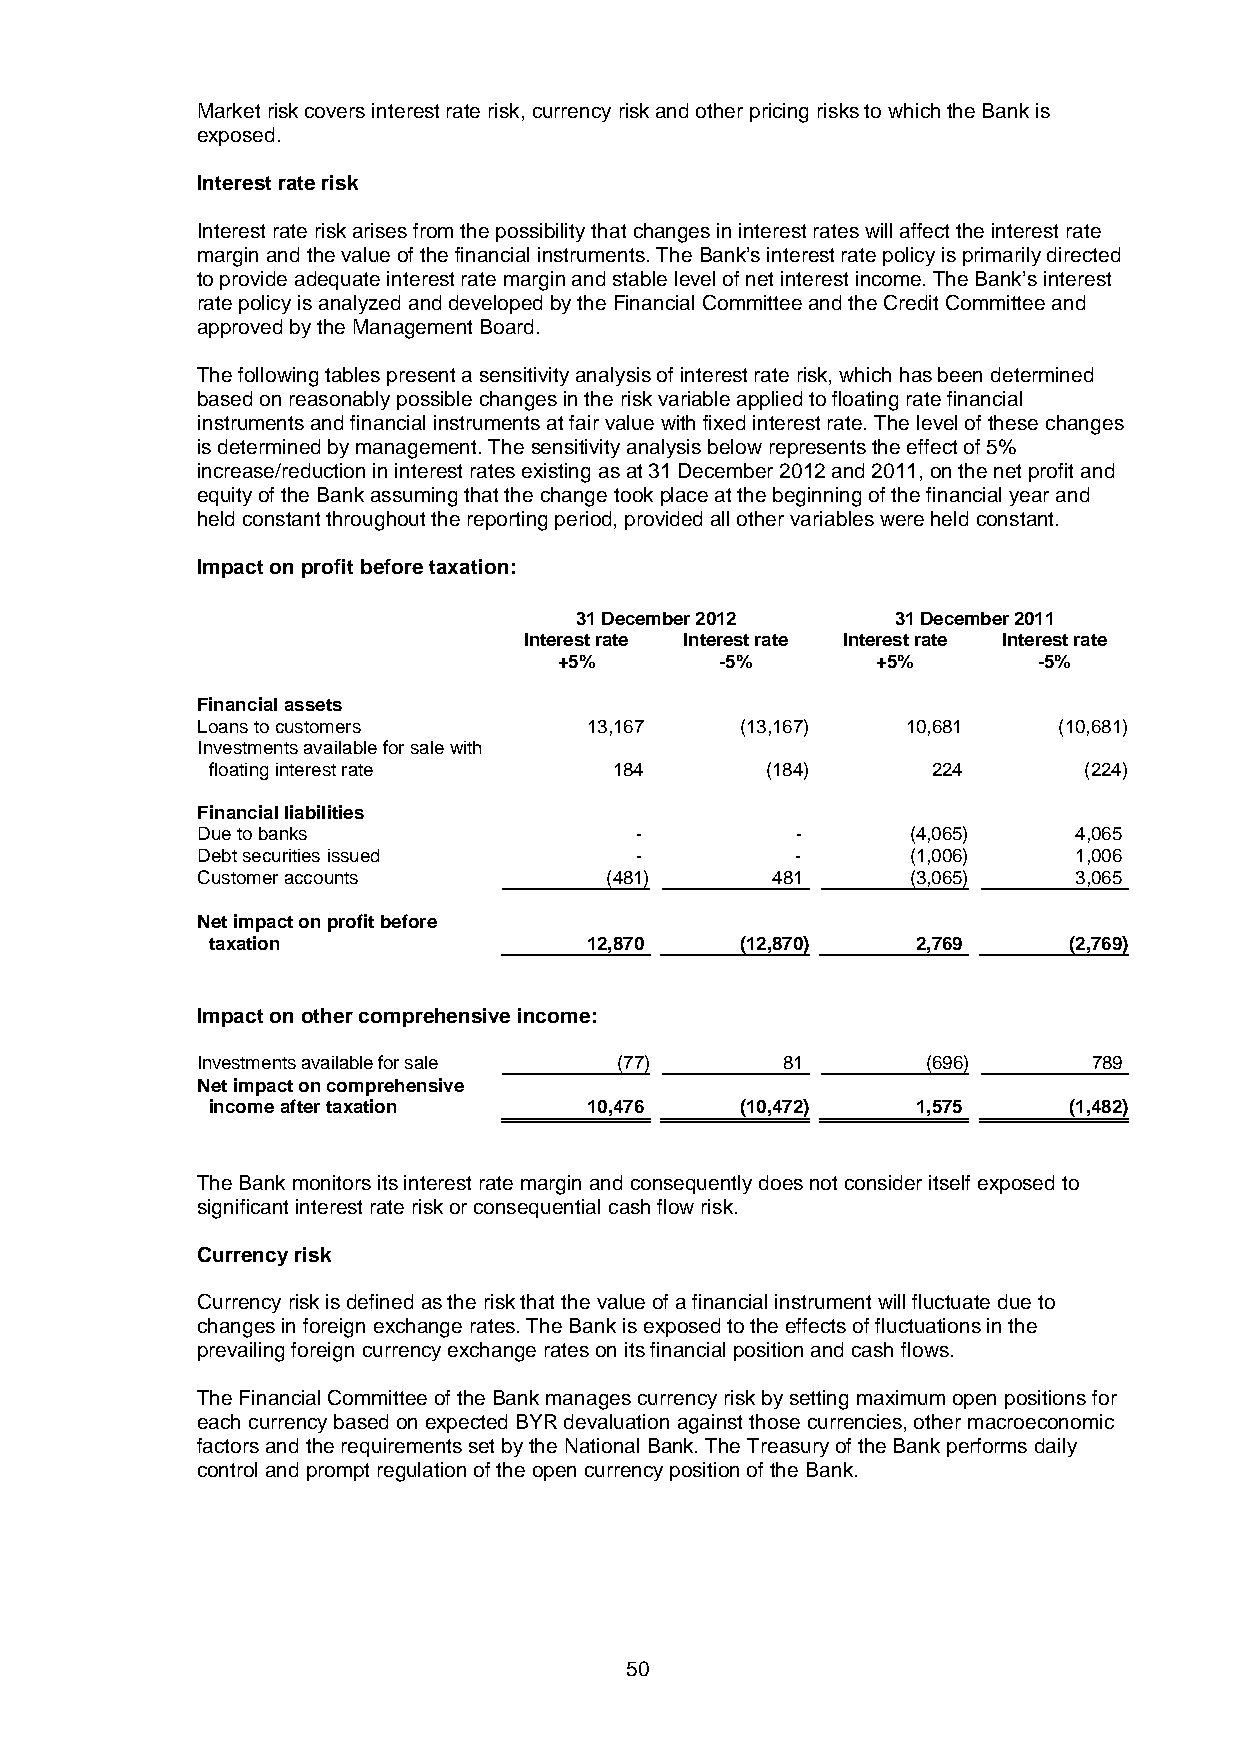
Market risk covers interest rate risk, currency risk and other pricing risks to which the Bank is
 exposed.
 Interest rate risk
 Interest rate risk arises from the possibility that changes in interest rates will affect the interest rate
 margin and the value of the financial instruments. The Bank’s interest rate policy is primarily directed
 to provide adequate interest rate margin and stable level of net interest income. The Bank’s interest
 rate policy is analyzed and developed by the Financial Committee and the Credit Committee and
 approved by the Management Board.
 The following tables present a sensitivity analysis of interest rate risk, which has been determined
 based on reasonably possible changes in the risk variable applied to floating rate financial
 instruments and financial instruments at fair value with fixed interest rate. The level of these changes
 is determined by management. The sensitivity analysis below represents the effect of 5%
 increase/reduction in interest rates existing as at 31 December 2012 and 2011, on the net profit and
 equity of the Bank assuming that the change took place at the beginning of the financial year and
 held constant throughout the reporting period, provided all other variables were held constant.
 Impact on profit before taxation:
 31 December 2012     31 December 2011
 Interest rate Interest rate Interest rate Interest rate
 +5%        -5%       +5%        -5%
 Financial assets
 Loans to customers        13,167    (13,167)   10,681    (10,681)
 Investments available for sale with
 floating interest rate     184       (184)      224       (224)
 Financial liabilities
 Due to banks                 -          -      (4,065)    4,065
 Debt securities issued       -          -      (1,006)    1,006
 Customer accounts          (481)      481      (3,065)    3,065
 Net impact on profit before
 taxation                 12,870    (12,870)    2,769     (2,769)
 Impact on other comprehensive income:
 Investments available for sale (77)    81       (696)      789
 Net impact on comprehensive
 income after taxation    10,476    (10,472)    1,575     (1,482)
 The Bank monitors its interest rate margin and consequently does not consider itself exposed to
 significant interest rate risk or consequential cash flow risk.
 Currency risk
 Currency risk is defined as the risk that the value of a financial instrument will fluctuate due to
 changes in foreign exchange rates. The Bank is exposed to the effects of fluctuations in the
 prevailing foreign currency exchange rates on its financial position and cash flows.
 The Financial Committee of the Bank manages currency risk by setting maximum open positions for
 each currency based on expected BYR devaluation against those currencies, other macroeconomic
 factors and the requirements set by the National Bank. The Treasury of the Bank performs daily
 control and prompt regulation of the open currency position of the Bank.
 50